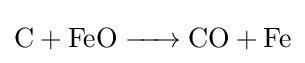
{\ce {C + FeO -> CO + Fe}}